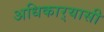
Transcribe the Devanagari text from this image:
अधिकार्‍यासी